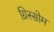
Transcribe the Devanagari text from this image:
ग्रिस्सोम